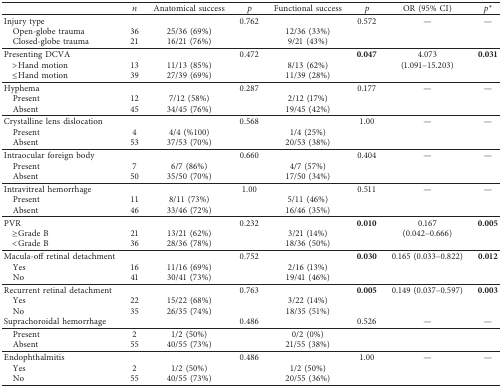
<table><thead><tr><td><b> </b></td><td><b><i>n</i></b></td><td><b>Anatomical success</b></td><td><b><i>p</i></b></td><td><b>Functional success</b></td><td><b><i>p</i></b></td><td><b>OR (95% CI)</b></td><td><b><i>p</i><sup><i>∗</i></sup></b></td></tr></thead><tbody><tr><td>Injury type</td><td> </td><td> </td><td>0.762</td><td> </td><td>0.572</td><td>—</td><td>—</td></tr><tr><td> Open-globe trauma</td><td>36</td><td>25/36 (69%)</td><td> </td><td>12/36 (33%)</td><td> </td><td> </td><td> </td></tr><tr><td> Closed-globe trauma</td><td>21</td><td>16/21 (76%)</td><td> </td><td>9/21 (43%)</td><td> </td><td> </td><td> </td></tr><tr><td>Presenting DCVA</td><td> </td><td> </td><td>0.472</td><td> </td><td><b>0.047</b></td><td>4.073</td><td><b>0.031</b></td></tr><tr><td> &gt;Hand motion</td><td>13</td><td>11/13 (85%)</td><td> </td><td>8/13 (62%)</td><td> </td><td>(1.091–15.203)</td><td> </td></tr><tr><td> ≤Hand motion</td><td>39</td><td>27/39 (69%)</td><td> </td><td>11/39 (28%)</td><td> </td><td> </td><td> </td></tr><tr><td>Hyphema</td><td> </td><td> </td><td>0.287</td><td> </td><td>0.177</td><td>—</td><td>—</td></tr><tr><td> Present</td><td>12</td><td>7/12 (58%)</td><td> </td><td>2/12 (17%)</td><td> </td><td> </td><td> </td></tr><tr><td> Absent</td><td>45</td><td>34/45 (76%)</td><td> </td><td>19/45 (42%)</td><td> </td><td> </td><td> </td></tr><tr><td>Crystalline lens dislocation</td><td> </td><td> </td><td>0.568</td><td> </td><td>1.00</td><td>—</td><td>—</td></tr><tr><td> Present</td><td>4</td><td>4/4 (%100)</td><td> </td><td>1/4 (25%)</td><td> </td><td> </td><td> </td></tr><tr><td> Absent</td><td>53</td><td>37/53 (70%)</td><td> </td><td>20/53 (38%)</td><td> </td><td> </td><td> </td></tr><tr><td>Intraocular foreign body</td><td> </td><td> </td><td>0.660</td><td> </td><td>0.404</td><td>—</td><td>—</td></tr><tr><td> Present</td><td>7</td><td>6/7 (86%)</td><td> </td><td>4/7 (57%)</td><td> </td><td> </td><td> </td></tr><tr><td> Absent</td><td>50</td><td>35/50 (70%)</td><td> </td><td>17/50 (34%)</td><td> </td><td> </td><td> </td></tr><tr><td>Intravitreal hemorrhage</td><td> </td><td> </td><td>1.00</td><td> </td><td>0.511</td><td>—</td><td>—</td></tr><tr><td> Present</td><td>11</td><td>8/11 (73%)</td><td> </td><td>5/11 (46%)</td><td> </td><td> </td><td> </td></tr><tr><td> Absent</td><td>46</td><td>33/46 (72%)</td><td> </td><td>16/46 (35%)</td><td> </td><td> </td><td> </td></tr><tr><td>PVR</td><td> </td><td> </td><td>0.232</td><td> </td><td><b>0.010</b></td><td>0.167</td><td><b>0.005</b></td></tr><tr><td> ≥Grade B</td><td>21</td><td>13/21 (62%)</td><td> </td><td>3/21 (14%)</td><td> </td><td>(0.042–0.666)</td><td> </td></tr><tr><td> &lt;Grade B</td><td>36</td><td>28/36 (78%)</td><td> </td><td>18/36 (50%)</td><td> </td><td> </td><td> </td></tr><tr><td>Macula-off retinal detachment</td><td> </td><td> </td><td>0.752</td><td> </td><td><b>0.030</b></td><td>0.165 (0.033–0.822)</td><td><b>0.012</b></td></tr><tr><td> Yes</td><td>16</td><td>11/16 (69%)</td><td> </td><td>2/16 (13%)</td><td> </td><td> </td><td> </td></tr><tr><td> No</td><td>41</td><td>30/41 (73%)</td><td> </td><td>19/41 (46%)</td><td> </td><td> </td><td> </td></tr><tr><td>Recurrent retinal detachment</td><td> </td><td> </td><td>0.763</td><td> </td><td><b>0.005</b></td><td>0.149 (0.037–0.597)</td><td><b>0.003</b></td></tr><tr><td> Yes</td><td>22</td><td>15/22 (68%)</td><td> </td><td>3/22 (14%)</td><td> </td><td> </td><td> </td></tr><tr><td> No</td><td>35</td><td>26/35 (74%)</td><td> </td><td>18/35 (51%)</td><td> </td><td> </td><td> </td></tr><tr><td>Suprachoroidal hemorrhage</td><td> </td><td> </td><td>0.486</td><td> </td><td>0.526</td><td>—</td><td>—</td></tr><tr><td> Present</td><td>2</td><td>1/2 (50%)</td><td> </td><td>0/2 (0%)</td><td> </td><td> </td><td> </td></tr><tr><td> Absent</td><td>55</td><td>40/55 (73%)</td><td> </td><td>21/55 (38%)</td><td> </td><td> </td><td> </td></tr><tr><td>Endophthalmitis</td><td> </td><td> </td><td>0.486</td><td> </td><td>1.00</td><td>—</td><td>—</td></tr><tr><td> Yes</td><td>2</td><td>1/2 (50%)</td><td> </td><td>1/2 (50%)</td><td> </td><td> </td><td> </td></tr><tr><td> No</td><td>55</td><td>40/55 (73%)</td><td> </td><td>20/55 (36%)</td><td> </td><td> </td><td> </td></tr></tbody></table>